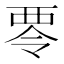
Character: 𮖿